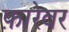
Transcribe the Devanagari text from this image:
फ़ारेवर